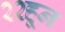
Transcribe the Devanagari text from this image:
२२हून